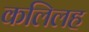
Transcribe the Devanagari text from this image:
कलिलह